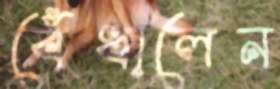
বেঁধালেন